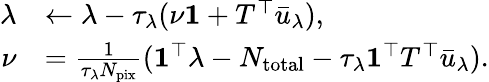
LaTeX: \begin{array}{rl}{\lambda}&{\leftarrow\lambda-\tau_{\lambda}(\nu\mathbf{1}+T^{\top}\bar{u}_{\lambda}),}\\ {\nu}&{=\frac{1}{\tau_{\lambda}N_{\mathrm{pix}}}(\mathbf{1}^{\top}\lambda-N_{\mathrm{total}}-\tau_{\lambda}\mathbf{1}^{\top}T^{\top}\bar{u}_{\lambda}).}\end{array}